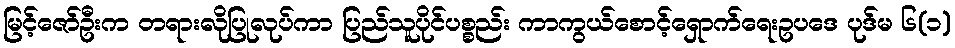
မြင့်ဇော်ဦးက တရားလိုပြုလုပ်ကာ ပြည်သူပိုင်ပစ္စည်း ကာကွယ်စောင့်ရှောက်ရေးဥပဒေ ပုဒ်မ ၆(၁)